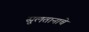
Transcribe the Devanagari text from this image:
सुलतानाचे